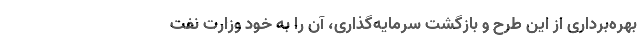
بهره‌برداری از این طرح و بازگشت سرمایه‌گذاری، آن را به خود وزارت نفت